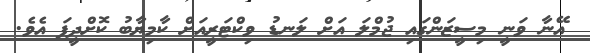
އޭނާ ވަނީ މިސީޒަންގައި ޖުމްލަ އަށް ލަނޑު ވިކްޓަރީއަށް ކާމިޔާބު ކޮށްދީފަ އެވެ.